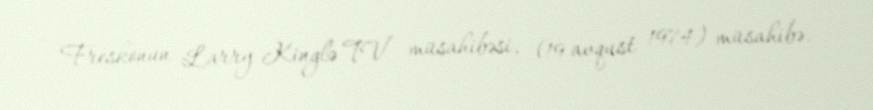
Freskonun Larry Kinglə TV müsahibəsi, (19 avqust 1974) müsahibə.